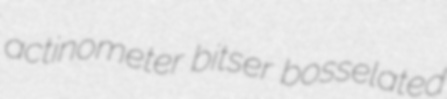
actinometer bitser bosselated